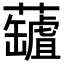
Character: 𧃘